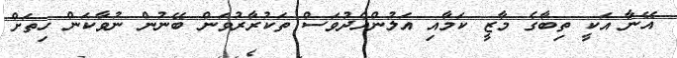
އޭނާ އަކީ ތިބާގެ މާޒީ ކަމާއި އަލުންއެދުވަސް ތަކުރާރުވަން ބޭނުން ނުވާކަން ހިތަށް